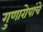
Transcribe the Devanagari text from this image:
गुणारोपांचे